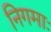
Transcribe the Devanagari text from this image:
निगमाः